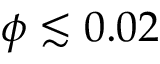
\phi \lesssim 0 . 0 2